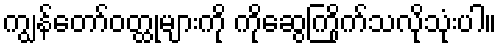
ကျွန်တော်ဝတ္ထုများကို ကိုဆွေကြိုက်သလိုသုံးပါ။